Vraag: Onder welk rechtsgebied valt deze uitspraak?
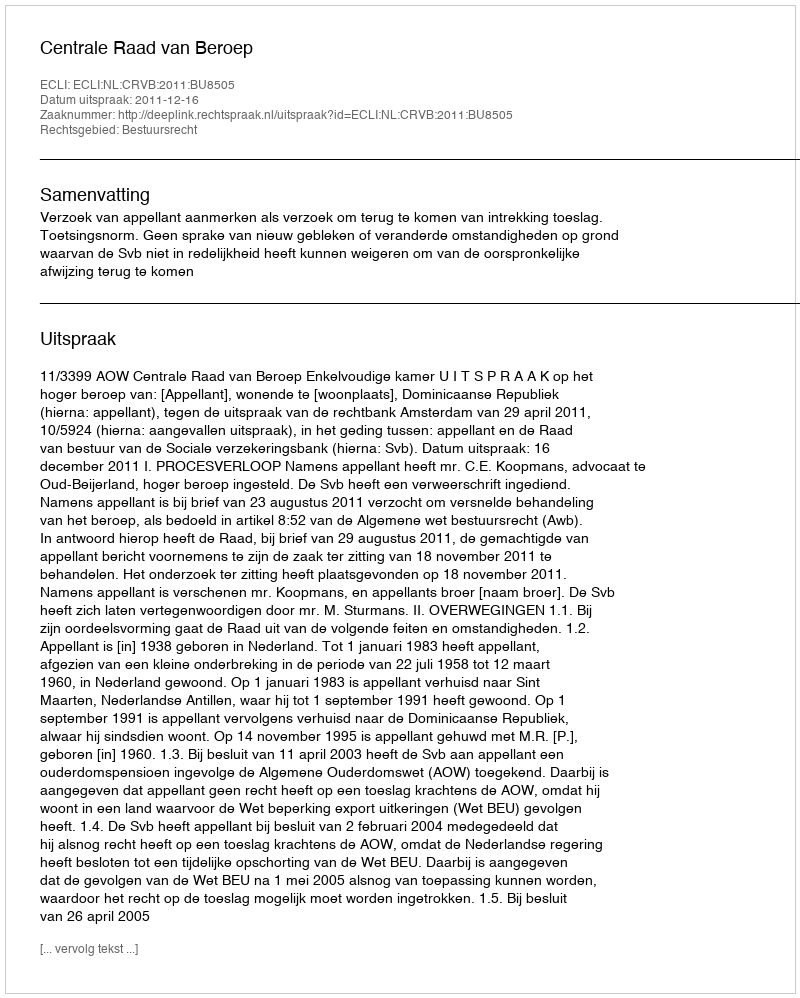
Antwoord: Bestuursrecht